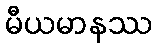
မီယမာနဿ